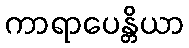
ကာရာပေန္တိယာ